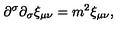
\partial ^ { \sigma } \partial _ { \sigma } \xi _ { \mu \nu } = m ^ { 2 } \xi _ { \mu \nu } ,